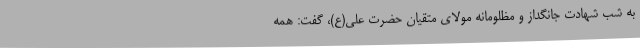
به شب شهادت جانگداز و مظلومانه مولای متقیان حضرت علی(ع)، گفت: همه